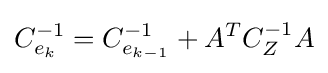
C_{e_{k}}^{-1}=C_{e_{k-1}}^{-1}+A^{T}C_{Z}^{-1}A